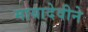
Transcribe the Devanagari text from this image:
मायादेवीने